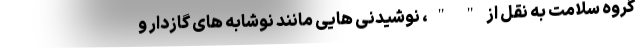
گروه سلامت به نقل از " "، نوشیدنی هایی مانند نوشابه های گازدار و